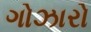
ગોઝારો